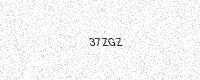
Text: 37ZGZ